Punjab Mental Hospital Lahore 1922-31 - 1922-1931
Year: 1922
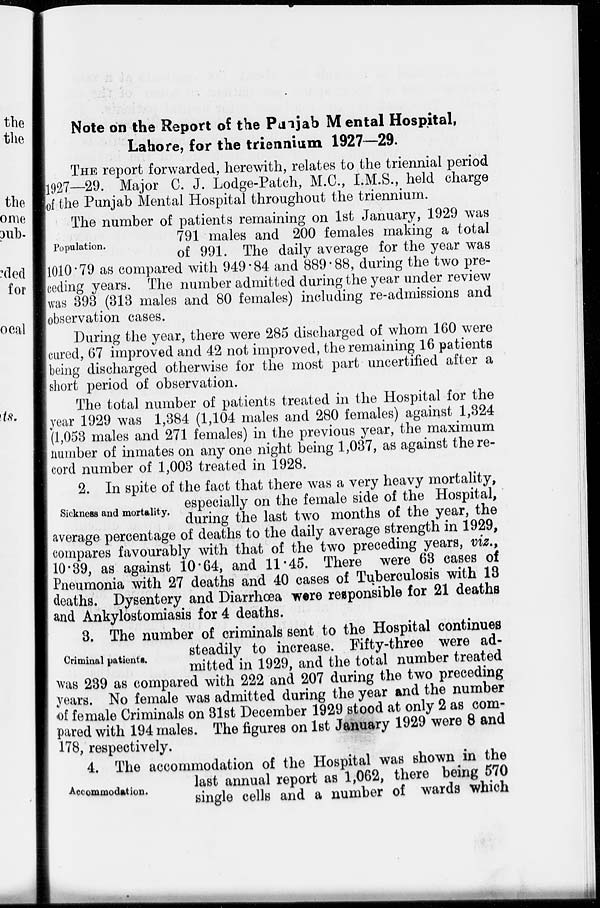
Note on the Report of the Punjab Mental Hospital,
Lahore, for the triennium 1927—29.
THE report forwarded, herewith, relates to the triennial period
1927—29. Major C. J. Lodge-Patch, M.C., I.M.S., held charge
of the Punjab Mental Hospital throughout the triennium.
Population.
The number of patients remaining on 1st January, 1929 was
791 males and 200 females making a total
of 991. The daily average for the year was
1010.79 as compared with 949.84 and 889.88, during the two pre-
ceding years. The number admitted during the year under review
was 393 (313 males and 80 females) including re-admissions and
observation cases.
During the year, there were 285 discharged of whom 160 were
cured, 67 improved and 42 not improved, the remaining 16 patients
being discharged otherwise for the most part uncertified after a
short period of observation.
The total number of patients treated in the Hospital for the
year 1929 was 1,384 (1,104 males and 280 females) against 1,324
(1,053 males and 271 females) in the previous year, the maximum
number of inmates on any one night being 1,037, as against the re-
cord number of 1,003 treated in 1928.
Sickness and mortality.
2. In spite of the fact that there was a very heavy mortality,
especially on the female side of the Hospital,
during the last two months of the year, the
average percentage of deaths to the daily average strength in 1929,
compares favourably with that of the two preceding years, viz.,
10.39, as against 10.64, and 11.45. There were 63 cases of
Pneumonia with 27 deaths and 40 cases of Tuberculosis with 13
deaths. Dysentery and Diarrhœa were responsible for 21 deaths
and Ankylostomiasis for 4 deaths.
Criminal patients.
3. The number of criminals sent to the Hospital continues
steadily to increase. Fifty-three were ad-
mitted in 1929, and the total number treated
was 239 as compared with 222 and 207 during the two preceding
years. No female was admitted during the year and the number
of female Criminals on 31st December 1929 stood at only 2 as com-
pared with 194 males. The figures on 1st January 1929 were 8 and
178, respectively.
Accommodation.
4. The accommodation of the Hospital was shown in the
last annual report as 1,062, there being 570
single cells and a number of wards which